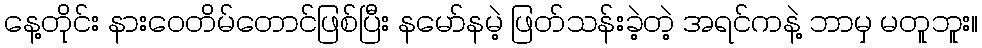
နေ့တိုင်း နားဝေတိမ်တောင်ဖြစ်ပြီး နမော်နမဲ့ ဖြတ်သန်းခဲ့တဲ့ အရင်ကနဲ့ ဘာမှ မတူဘူး။